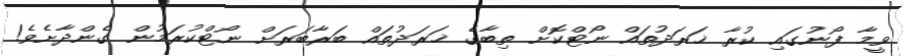
ވީމާ ފޯނުގައި ކުރާ ޚަރަދުތައް ނޯޓްކޮށް ތިބާގެ ޚަރަދުތައް ބަރާބަރަށް ނޯޓްކުރަމުން ގެންދާށެވެ!